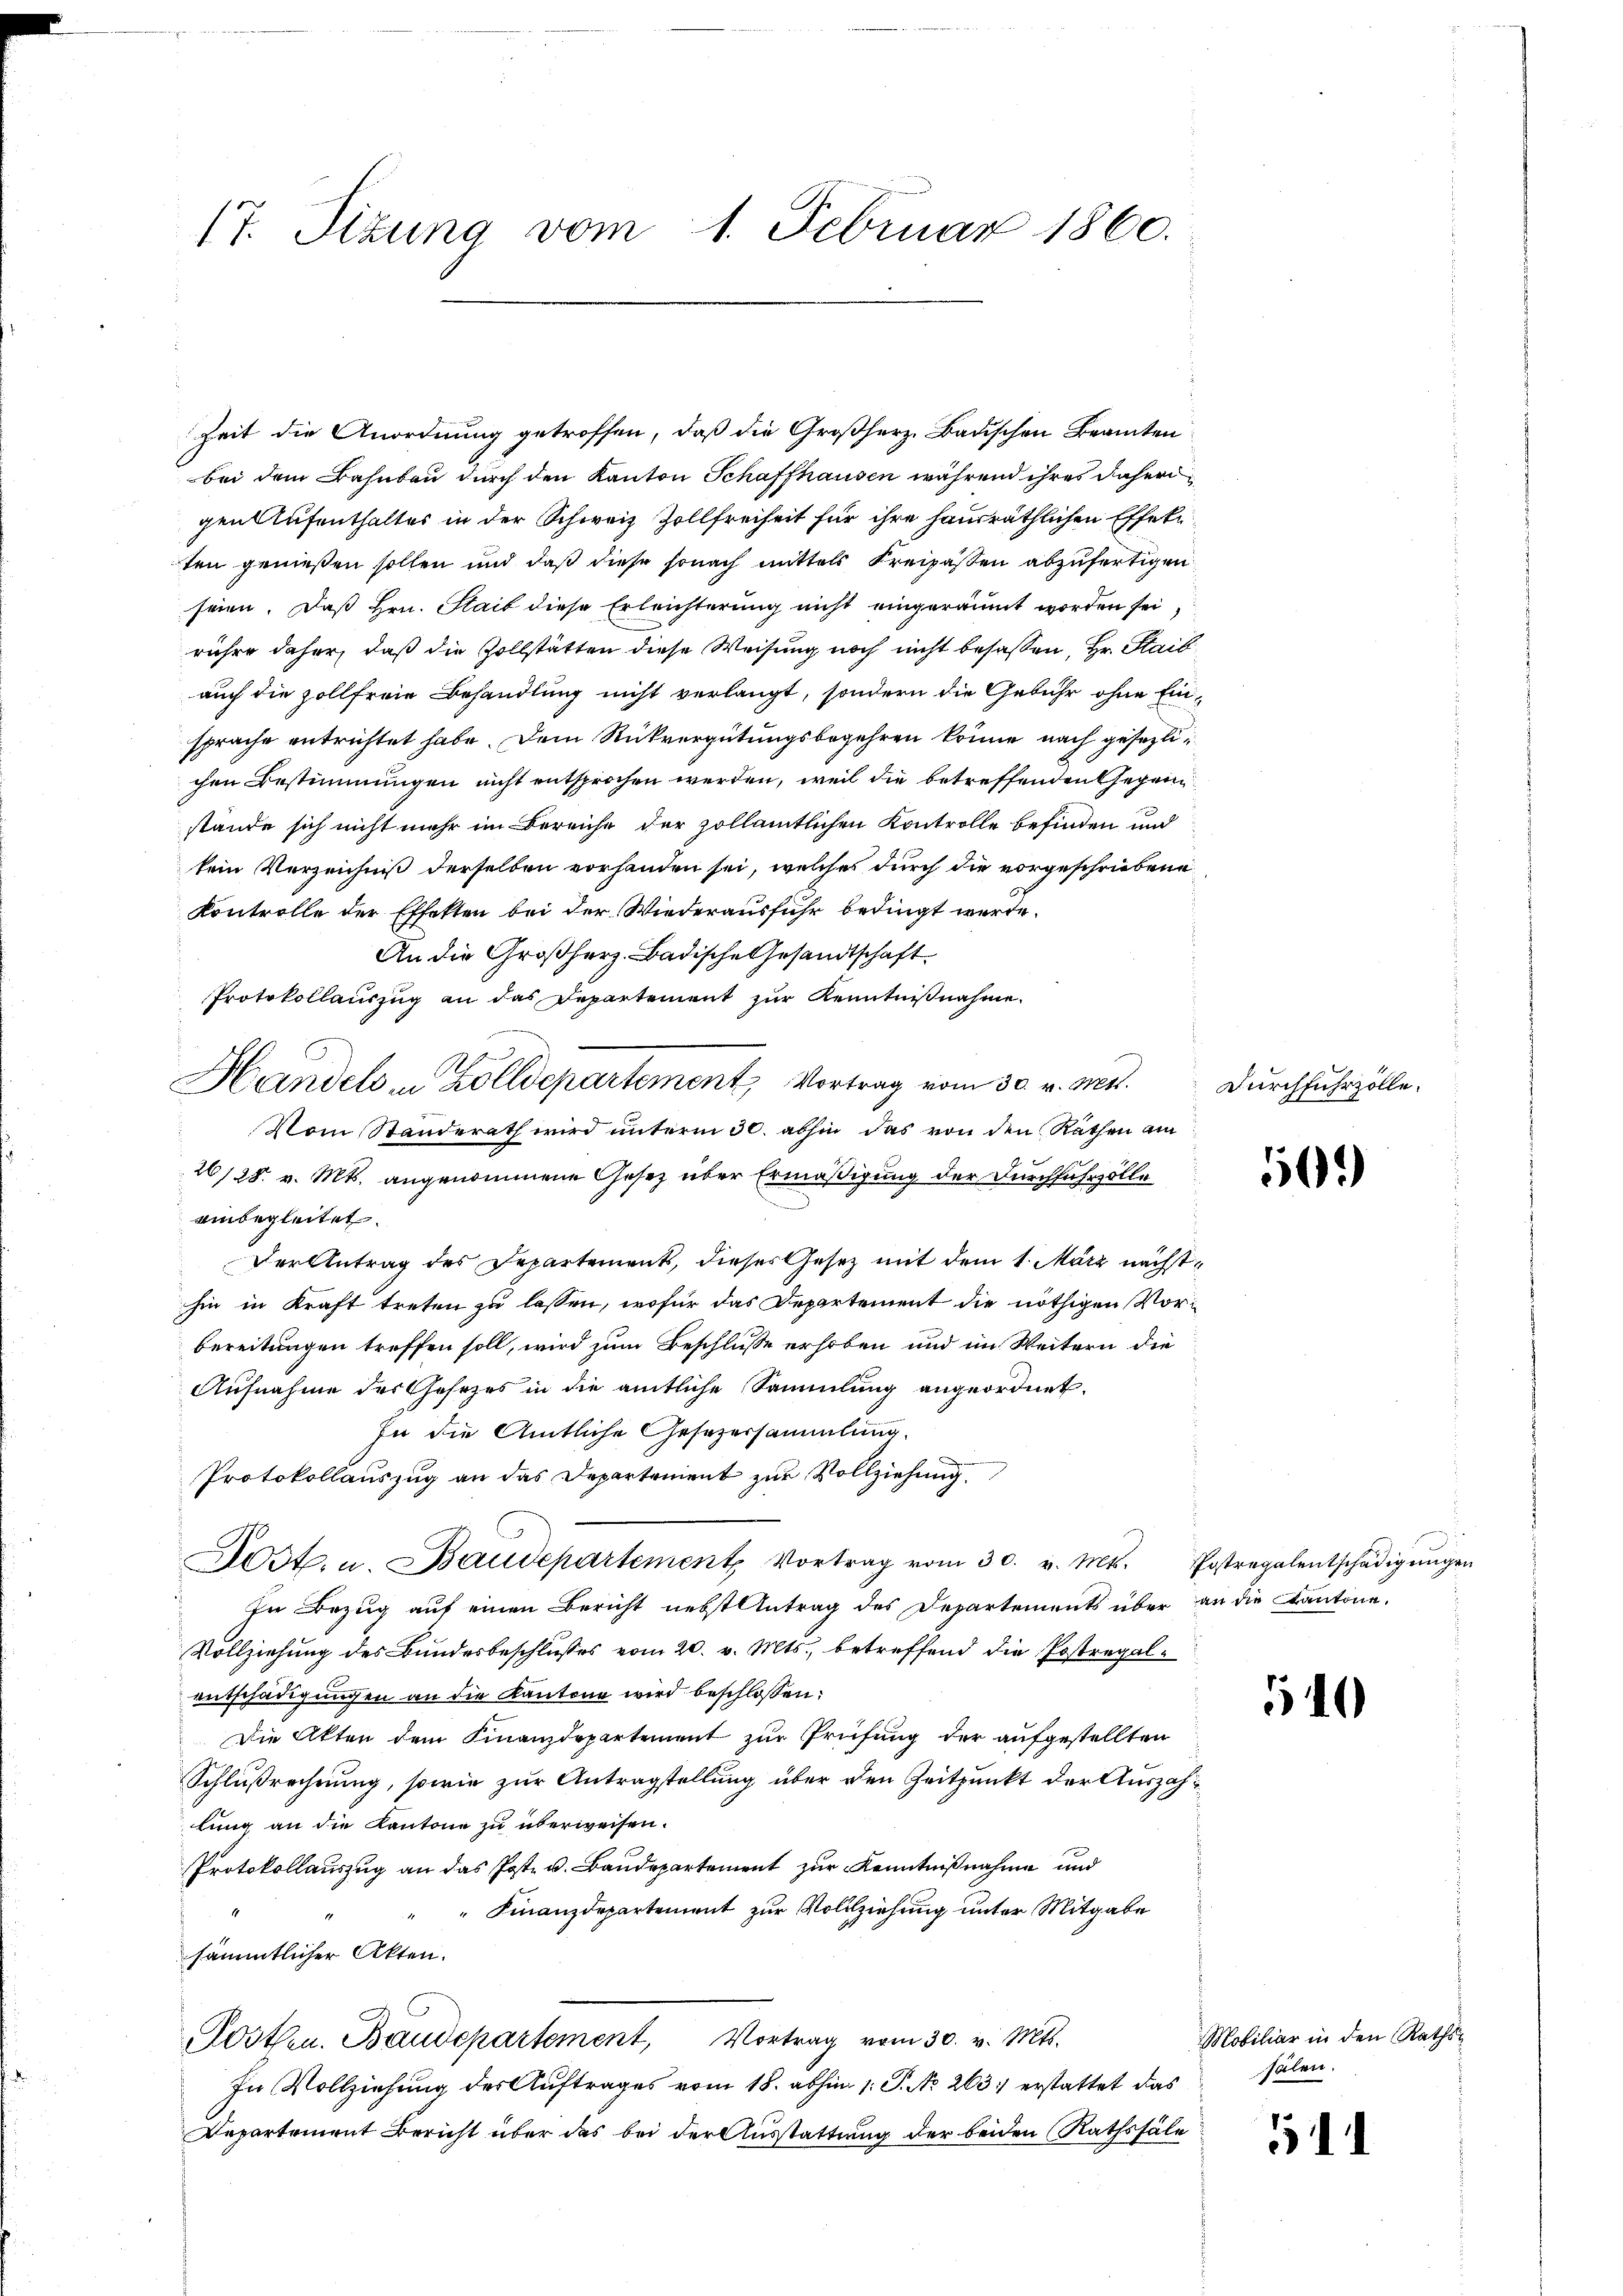
17. Sizung vom 1. Februar 1860.

Zeit die Anordnung getroffen, daß die Großherz, Badischen Beamten
bei dem Bahnbau durch den Kanton Schaffhausen während ihres daher
gen Aufenthaltes in der Schweiz Zollfreiheit für ihre hausräthlichen Effekt
ten genießen sollen und daß diese sonach mittels Freipassen abzufertigen
seien. Daß Hrn. Stait diese Erleichterung nicht eingeräumt worden sei
rühre daher, daß die Vollstätten diese Weisung noch nicht besassen, Hr. Haib
auch die Zollfreie Behandlung nicht verlangt, sondern die Gebühr ohne Einsprache entrichtet habe. Dem Rückvergütungsbegehren könne nach gesezlichen Bestimmungen nicht entsprochen werden, weil die betreffenden Gegenstände sich nicht mehr im Bereiche der zollamtlichen Kontrolle befinden und
kein Verzeichniß derselben vorhanden sei, welches durch die vorgeschriebene
Kontrolle der Effekten bei der Wiederausfuhr bedingt werde.
An die Großherz. Badische Gesandtschaft.
Protokollauszug an das Departement zur Kenntnißnahme.
Vom Standerath wird unterm 30. abhin das von den Rathen am
26128. v. Mts. angenommene Gesetz über Ermäßigung der Durchfuhrzölle
ainbegleitet.
Der Antrag des Departement, dieser Gesetz mit dem 1. März nächsthin in Kraft treten zu lassen, wofür das Departement die nöthigen Vorbereitungen treffen soll, wird zum Beschlusse erhoben und im Weitern die
Aufnahme des Gesetzes in die amtliche Sammlung angeordnet.
In die Amtliche Gesezersammlung.
Protokollauszug an das Departement zur Vollziehung.
Dost. u. Baudepartement Vortrag vom 30. v. Mts. Postregalentschädigŭngen
In Bezug auf einen Bericht nebst Antrag des Departements über an die Kantone.
Vollziehung des Bundesbeschlusses vom 20. v. Mts., betreffend die Postregalentschädigungen an die Kantone wird beschlossen:
Die Akten dem Finanzdepartement zur Prüfung der aufgestellten
Schlußrechnung, sowie zur Antragstellung über den Zeitpunkt der Auszahlung an die Kantone zu überweisen.
Protokollauszug an das Post u. Baudepartement zur Kenntnißnahme und
 Finanzdepartement zur Vollziehung unter Mitgabe
sämmtlicher Akten.
Posten. Baudepartement, Vortrag vom 30. v. Mts.
In Vollziehung des Auftrages vom 18. abhin 1. P. No 263 erstattet das
Departement Bericht über das bei der Ausstattung der beiden Rathssäle

Handels in Zolldepartement, Vortrag vom 30. v. Mtt.

Durchfuhrzolle.

50)

540

Mobiliar in den Rathssälen.

511